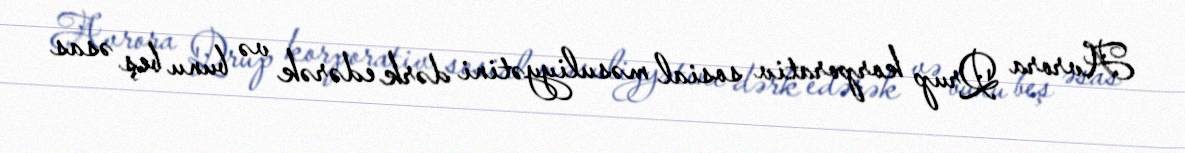
Avrora Qrup korporativ sosial məsuliyyətini dərk edərək və bunu beş əsas